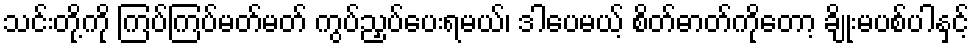
သင်းတို့ကို ကြပ်ကြပ်မတ်မတ် ကွပ်ညှပ်ပေးရမယ်၊ ဒါပေမယ့် စိတ်ဓာတ်ကိုတော့ ချိုးမပစ်ပါနှင့်